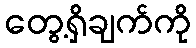
တွေ့ရှိချက်ကို